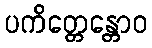
ပကိတ္တေန္တောဝ